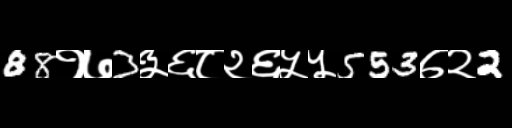
Text: 88१७3३६८२६५५553७२2